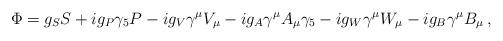
LaTeX: \begin{align*}\Phi = g_SS + ig_P\gamma_5P - ig_V\gamma^\mu V_\mu - ig_A\gamma^\mu A_\mu \gamma_5 -ig_W\gamma^\mu W_\mu - ig_B\gamma^\mu B_\mu\,,\end{align*}